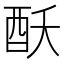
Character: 𮠝